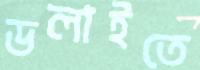
ডলাইতে